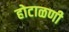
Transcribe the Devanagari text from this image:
होटाळणी